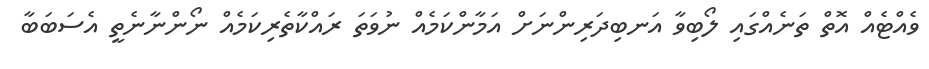
ވެއްޓެއް އޮތް ތަނެއްގައި ލޯބިވާ އަނބިދަރިންނަށް އަމާންކަމެއް ނުވަތަ ރައްކާތެރިކަމެއް ނޯންނާނެތީ އެސަބަބާ